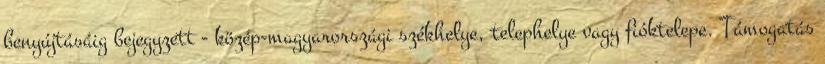
benyújtásáig bejegyzett - közép-magyarországi székhelye, telephelye vagy fióktelepe. Támogatás